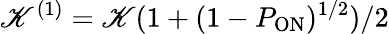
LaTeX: \mathscr{K}^{(1)}=\mathscr{K}(1+(1-P_{\mathrm{{ON}}})^{1/2})/2